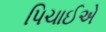
પિચાઈએ